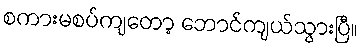
စကားမစပ်ကျတော့ ဘောင်ကျယ်သွားပြီ။